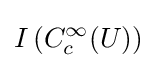
I\left(C_{c}^{\infty }(U)\right)